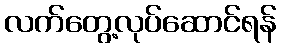
လက်တွေ့လုပ်ဆောင်ရန်